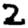
Digit: 2